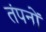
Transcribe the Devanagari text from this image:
तंपनों